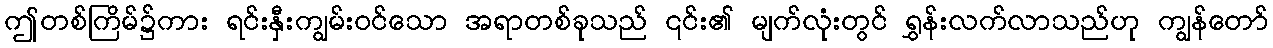
ဤတစ်ကြိမ်၌ကား ရင်းနှီးကျွမ်းဝင်သော အရာတစ်ခုသည် ၎င်း၏ မျက်လုံးတွင် ရွှန်းလက်လာသည်ဟု ကျွန်တော်